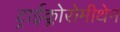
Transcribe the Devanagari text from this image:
ट्राईक्लोरोमीथेन